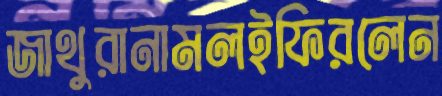
জাথুরানামলইফিরলেন